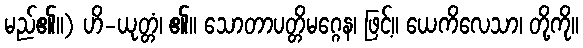
မည်၏။) ဟိ-ယုတ္တံ၊ ၏။ သောတာပတ္တိမဂ္ဂေန၊ ဖြင့်။ ယေကိလေသာ၊ တို့ကို။